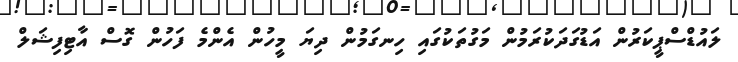
ލައުޑްސްޕީކަރުން އަޑުގަދަކުރަމުން މަގުތަކުގައި ހިނގަމުން ދިޔަ މީހުން އެންމެ ފަހުން ގޮސް އާޓިފިޝަލް